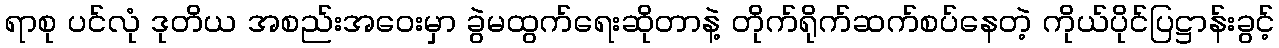
ရာစု ပင်လုံ ဒုတိယ အစည်းအဝေးမှာ ခွဲမထွက်ရေးဆိုတာနဲ့ တိုက်ရိုက်ဆက်စပ်နေတဲ့ ကိုယ်ပိုင်ပြဋ္ဌာန်းခွင့်